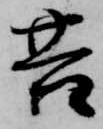
苦